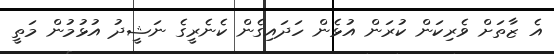
އެ ޒާތަށް ވެރިކަން ކުރަން އުޅެން ހަދައިގެން ކެނެރީގެ ނަޝީދު އުޅުމުން މަތީ